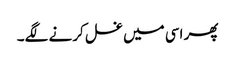
پھر اسی میں غسل کرنے لگے۔